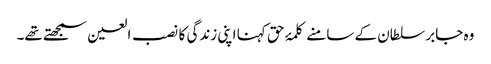
وہ جابر سلطان کے سامنے کلمۂ حق کہنا اپنی زندگی کا نصب العین سمجھتے تھے۔